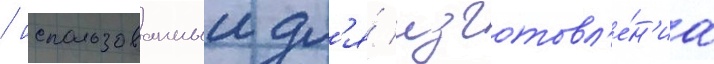
/ использованныи дл'я́ изготовл'е́н'иа